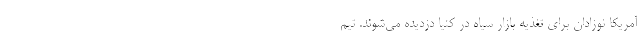
آمریکا نوزادان برای تغذیه بازار سیاه در کنیا دزدیده می‌شوند. تیم